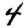
Digit: 4